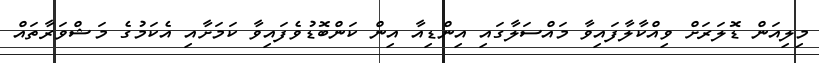
މިލިއަން ޑޮލަރަށް ވިއްކާލާފައިވާ މައްސަލާގައި އިންޑިއާ އިން ކަންބޮޑުވެފައިވާ ކަމަށާއި އެކަމުގެ މަޝްވަރާތައް